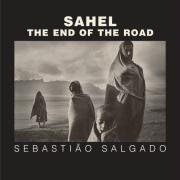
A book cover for Sahel: The End of the Road (Series in Contemporary Photography); Sebastiao Salgado; Arts & Photography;